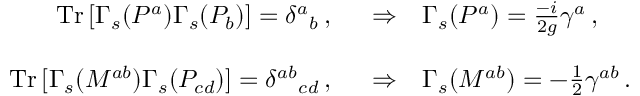
\begin{array} { r c l } { { \mathrm { T r } \, [ \Gamma _ { s } ( P ^ { a } ) \Gamma _ { s } ( P _ { b } ) ] = \delta ^ { a } { } _ { b } \, , \, \, \, \, } } & { { \Rightarrow } } & { { \Gamma _ { s } ( P ^ { a } ) = { \textstyle \frac { - i } { 2 g } } \gamma ^ { a } \, , } } \\ { { } } & { { } } & { { } } \\ { { \mathrm { T r } \, [ \Gamma _ { s } ( M ^ { a b } ) \Gamma _ { s } ( P _ { c d } ) ] = \delta ^ { a b } { } _ { c d } \, , \, \, \, \, } } & { { \Rightarrow } } & { { \Gamma _ { s } ( M ^ { a b } ) = - { \textstyle \frac { 1 } { 2 } } \gamma ^ { a b } \, . } } \end{array}